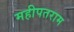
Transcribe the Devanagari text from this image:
महीपतराम